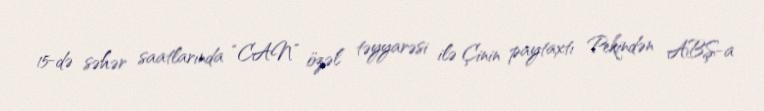
15-də səhər saatlarında “CAN” özəl təyyarəsi ilə Çinin paytaxtı Pekindən ABŞ-a